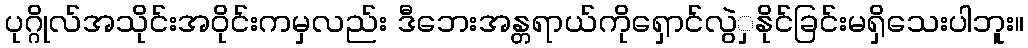
ပုဂ္ဂိုလ်အသိုင်းအဝိုင်းကမှလည်း ဒီဘေးအန္တရာယ်ကိုရှောင်လွဲှနိုင်ခြင်းမရှိသေးပါဘူး။